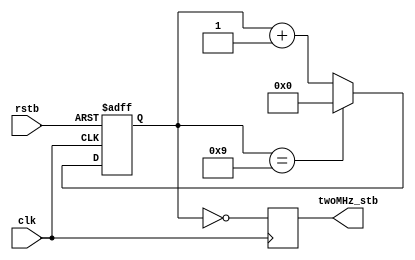
///////////////////////////////////////////////////////////////////////////////////////////////////
// Company: <Name>
//
// File history:
//      <Revision number>: <Date>: <Comments>
//      <Revision number>: <Date>: <Comments>
//      <Revision number>: <Date>: <Comments>
//
// Description: 
//
// <Description here>
//
// Targeted device: <Family::SmartFusion2> <Die::M2S050> <Package::484 FBGA>
//
/////////////////////////////////////////////////////////////////////////////////////////////////// 

//`timescale <time_units> / <precision>

module twoMHz_strobe(
    input wire clk,
    input wire rstb,

    output reg twoMHz_stb
);

reg [3:0] clk_counter;
always @ (posedge clk or negedge rstb) begin
    if (!rstb)
        clk_counter <= 4'd9;
    else
        clk_counter <= (clk_counter == 4'd9) ? 4'd0 : clk_counter + 1;
end

always @ (posedge clk) begin
    twoMHz_stb = (clk_counter == 0);
end

endmodule